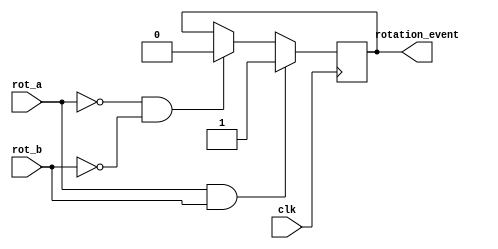
`timescale 1ns / 1ps
//////////////////////////////////////////////////////////////////////////////////
// Company: 
// Engineer: 
// 
// Design Name: 
// Module Name:    detect_event 
// Project Name: 
// Target Devices: 
// Tool versions: 
// Description: 
//
// Dependencies: 
//
// Revision: 
// Revision 0.01 - File Created
// Additional Comments: Authored by Mainak Chaudhuri
//
//////////////////////////////////////////////////////////////////////////////////
module detect_event(clk, rot_a, rot_b, rotation_event
    );

	input clk, rot_a, rot_b;
	output rotation_event;
	reg rotation_event;
	
	always @ (posedge clk) begin
		if ((rot_a == 1) && (rot_b == 1)) begin
			rotation_event <= 1;
		end
		else if ((rot_a == 0) && (rot_b == 0)) begin
			rotation_event <= 0;
		end
	end

endmodule